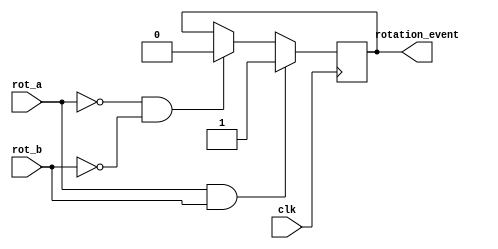
`timescale 1ns / 1ps
//////////////////////////////////////////////////////////////////////////////////
// Company: 
// Engineer: 
// 
// Design Name: 
// Module Name:    detect_event 
// Project Name: 
// Target Devices: 
// Tool versions: 
// Description: 
//
// Dependencies: 
//
// Revision: 
// Revision 0.01 - File Created
// Additional Comments: Authored by Mainak Chaudhuri
//
//////////////////////////////////////////////////////////////////////////////////
module detect_event(clk, rot_a, rot_b, rotation_event
    );

	input clk, rot_a, rot_b;
	output rotation_event;
	reg rotation_event;
	
	always @ (posedge clk) begin
		if ((rot_a == 1) && (rot_b == 1)) begin
			rotation_event <= 1;
		end
		else if ((rot_a == 0) && (rot_b == 0)) begin
			rotation_event <= 0;
		end
	end

endmodule